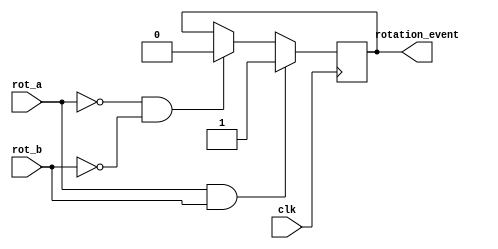
`timescale 1ns / 1ps
//////////////////////////////////////////////////////////////////////////////////
// Company: 
// Engineer: 
// 
// Design Name: 
// Module Name:    detect_event 
// Project Name: 
// Target Devices: 
// Tool versions: 
// Description: 
//
// Dependencies: 
//
// Revision: 
// Revision 0.01 - File Created
// Additional Comments: Authored by Mainak Chaudhuri
//
//////////////////////////////////////////////////////////////////////////////////
module detect_event(clk, rot_a, rot_b, rotation_event
    );

	input clk, rot_a, rot_b;
	output rotation_event;
	reg rotation_event;
	
	always @ (posedge clk) begin
		if ((rot_a == 1) && (rot_b == 1)) begin
			rotation_event <= 1;
		end
		else if ((rot_a == 0) && (rot_b == 0)) begin
			rotation_event <= 0;
		end
	end

endmodule